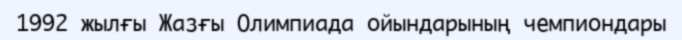
1992 жылғы Жазғы Олимпиада ойындарының чемпиондары